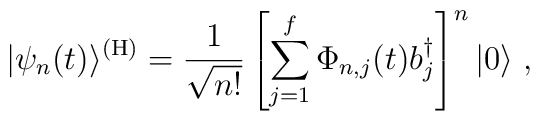
|\psi_n(t)\rangle\sp {({\rm H})} = {1 \over\sqrt{n!}}\left[\sum_{j=1}\sp f\Phi_{n,j}(t)b_j\sp {\dagger}\right]\sp n|0\rangle\;,